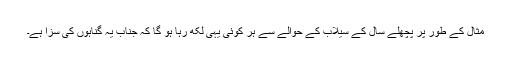
مثال کے طور پر پچھلے سال کے سیلاب کے حوالے سے ہر کوئی یہی لکھ رہا ہو گا کہ جناب یہ گناہوں کی سزا ہے۔